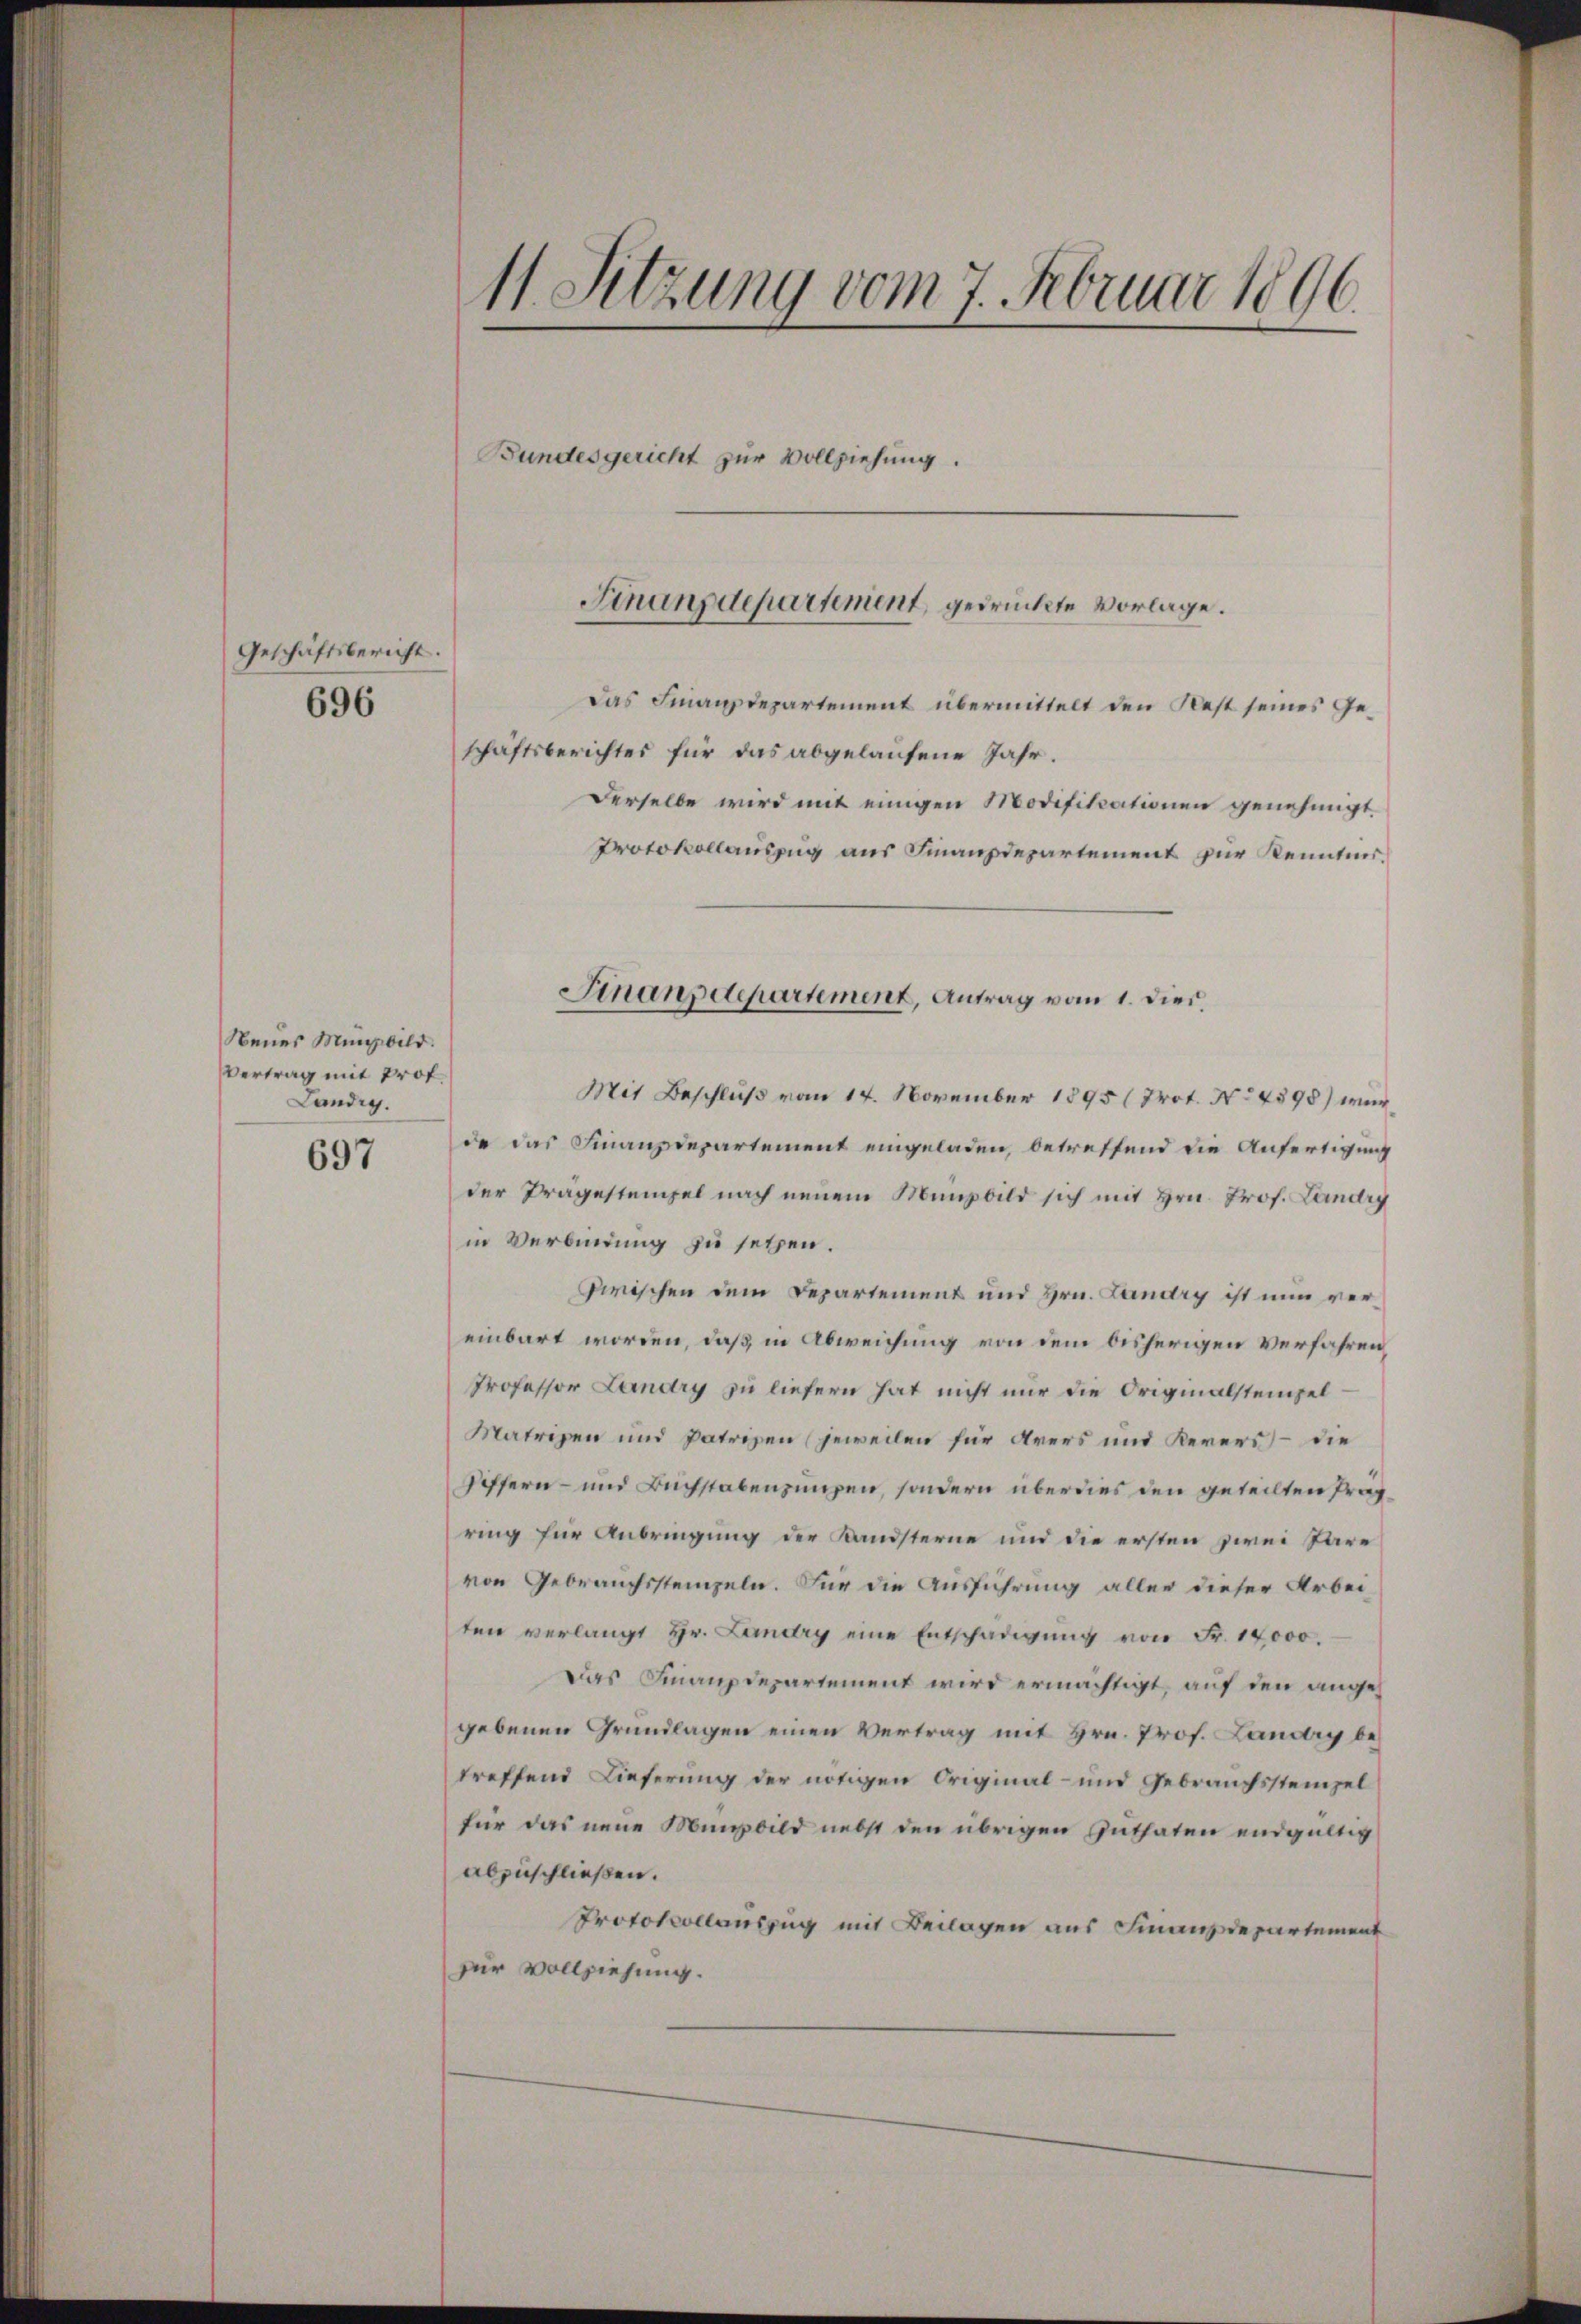
Geschäftsbericht.
696

Neues Münzbild.
Vertrag mit Prof.
Landig.

697

11. Sitzung vom 7. Februar 1896.
Bundesgericht zur Vollziehung.

Finanzdepartement, gedrückte Vorlage.

Das Finanzdepartement übermittelt den Rest seines Geschäftsberichtes für das abgelaufene Jahr.
Derselbe wird mit einigen Modificationen genehmigt.
Protokollauszug aus Finanzdepartement zur Kenntnis.
Mit Beschluß vom 14. November 1895 (Prot. No 4598) wurda das Finanzdepartement eingeladen, betreffend die Anfertigung
der Prägestempel nach neuem Münzbild sich mit Hrn. Prof. Landry
in Verbindung zu setzen.
zwischen dem Departement und Hrn. Landry ist nun vereinbart worden, daß in Abweichung von dem bisherigen verfahren,
Professor Landry zu liefern hat nicht nur die Originalstempel¬
Matrigen und Patrizen (jeweilen für Arers und Kerers, – die
Differn- und Buchstabenzungen, sondern überdies den geteilten Pragring für Anbringung der Kandsterne und die ersten zwei Pare
von Gebrauchssteinzeln. Für die Ausführung aller dieser Arbeiten verlangt Hr. Landry eine Entschädigŭng von Fr. 14000.
Das Finanzdepartement wird ermächtigt, auf den angegebenen Grundlagen einen Vertrag mit Hrn. Prof. Landry betreffend Lieferung der nötigen Original- und Gebrauchssteinzel
für das neue Münzbild nebst den übrigen Guthaten endgültig
abzuschließen.
Protokollauszug mit Beilagen aus Finanzdepartement
zur Vollziehung.

Finanzdepartement, Antrag vom 1. dies.